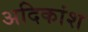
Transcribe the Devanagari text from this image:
अदिकांश